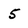
Character: 5